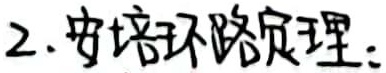
2. 安培环路定理：